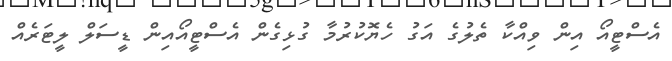
އެސްޓީއޯ އިން ވިއްކާ ތެލުގެ އަގު ހެޔޮކުރުމާ ގުޅިގެން އެސްޓީއޯއިން ޑީސަލް ލީޓަރެއް